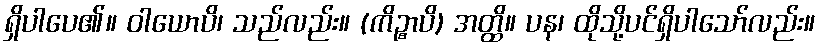
ရှိပါပေ၏။ ဝါယောပိ၊ သည်လည်း။ (ကိဉ္စာပိ) အတ္ထိ။ ပန၊ ထိုသို့ပင်ရှိပါသော်လည်း။